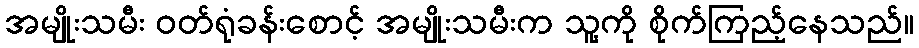
အမျိုးသမီး ဝတ်ရုံခန်းစောင့် အမျိုးသမီးက သူ့ကို စိုက်ကြည့်နေသည်။